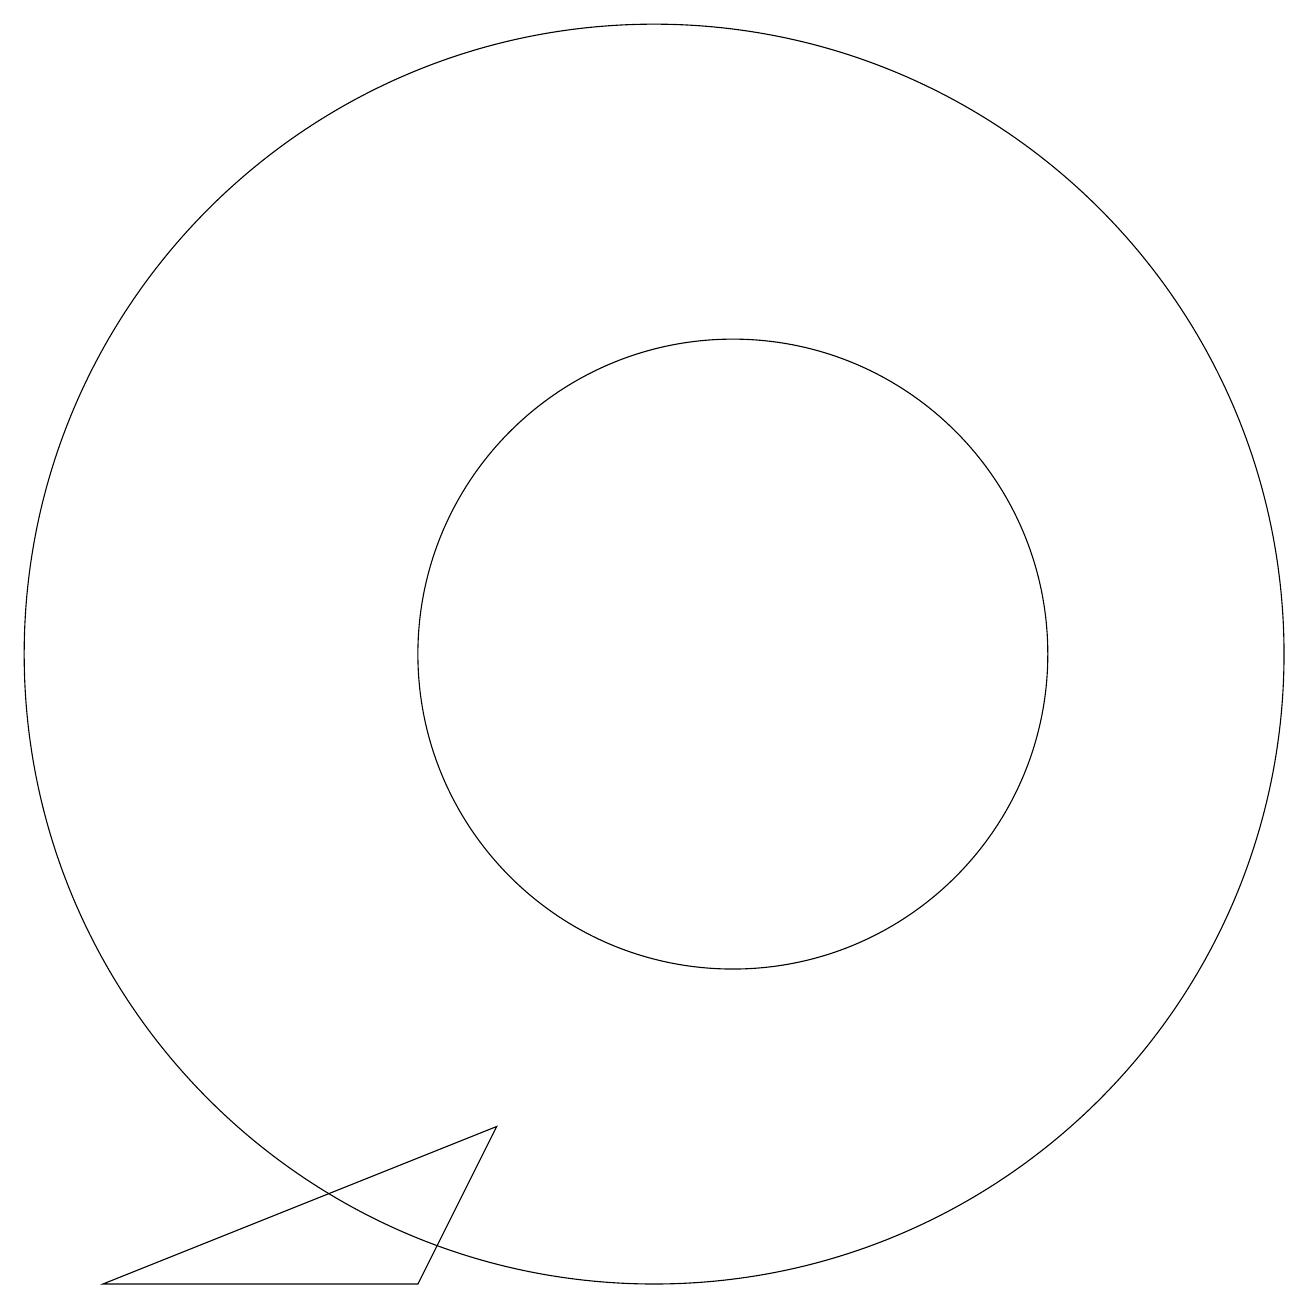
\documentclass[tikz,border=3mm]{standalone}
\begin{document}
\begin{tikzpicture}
\draw (8,3) -- (4,3) -- (9,5) -- cycle;
\draw (12,11) circle (4);
\draw (11,11) circle (8);
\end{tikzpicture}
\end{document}